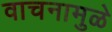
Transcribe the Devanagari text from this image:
वाचनामुळे